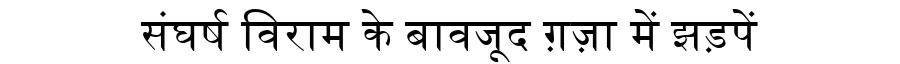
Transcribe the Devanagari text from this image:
संघर्ष विराम के बावजूद ग़ज़ा में झड़पें